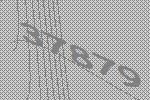
37879